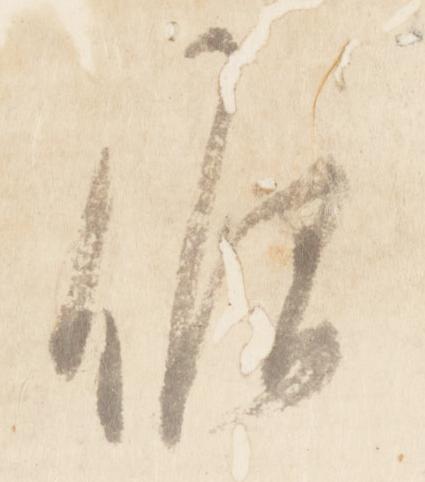
候